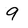
Character: 9